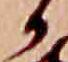
か